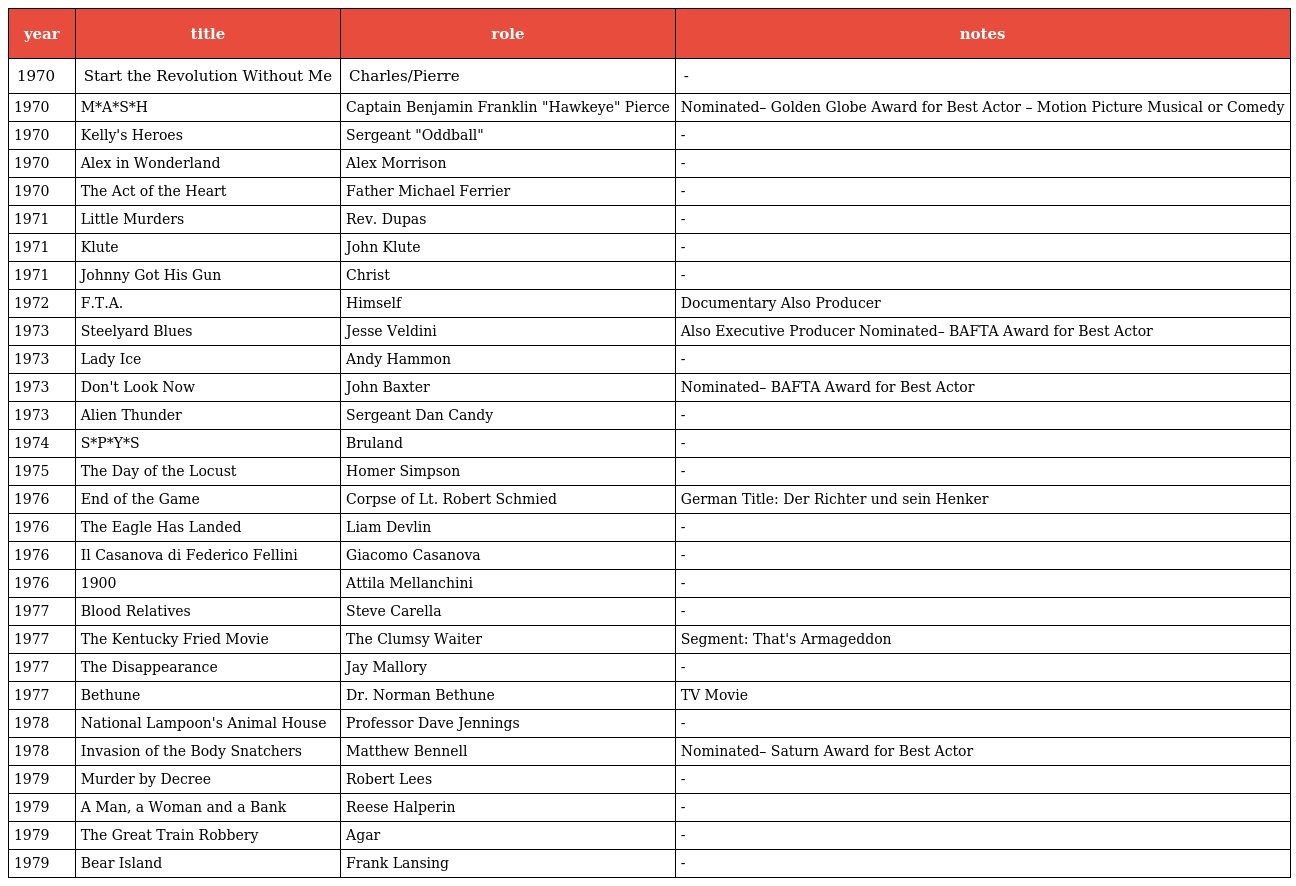
| year | title | role | notes |
 | --- | --- | --- | --- |
 | 1970 | Start the Revolution Without Me | Charles/Pierre | - |
 | 1970 | M*A*S*H | Captain Benjamin Franklin "Hawkeye" Pierce | Nominated– Golden Globe Award for Best Actor – Motion Picture Musical or Comedy |
 | 1970 | Kelly's Heroes | Sergeant "Oddball" | - |
 | 1970 | Alex in Wonderland | Alex Morrison | - |
 | 1970 | The Act of the Heart | Father Michael Ferrier | - |
 | 1971 | Little Murders | Rev. Dupas | - |
 | 1971 | Klute | John Klute | - |
 | 1971 | Johnny Got His Gun | Christ | - |
 | 1972 | F.T.A. | Himself | Documentary Also Producer |
 | 1973 | Steelyard Blues | Jesse Veldini | Also Executive Producer Nominated– BAFTA Award for Best Actor |
 | 1973 | Lady Ice | Andy Hammon | - |
 | 1973 | Don't Look Now | John Baxter | Nominated– BAFTA Award for Best Actor |
 | 1973 | Alien Thunder | Sergeant Dan Candy | - |
 | 1974 | S*P*Y*S | Bruland | - |
 | 1975 | The Day of the Locust | Homer Simpson | - |
 | 1976 | End of the Game | Corpse of Lt. Robert Schmied | German Title: Der Richter und sein Henker |
 | 1976 | The Eagle Has Landed | Liam Devlin | - |
 | 1976 | Il Casanova di Federico Fellini | Giacomo Casanova | - |
 | 1976 | 1900 | Attila Mellanchini | - |
 | 1977 | Blood Relatives | Steve Carella | - |
 | 1977 | The Kentucky Fried Movie | The Clumsy Waiter | Segment: That's Armageddon |
 | 1977 | The Disappearance | Jay Mallory | - |
 | 1977 | Bethune | Dr. Norman Bethune | TV Movie |
 | 1978 | National Lampoon's Animal House | Professor Dave Jennings | - |
 | 1978 | Invasion of the Body Snatchers | Matthew Bennell | Nominated– Saturn Award for Best Actor |
 | 1979 | Murder by Decree | Robert Lees | - |
 | 1979 | A Man, a Woman and a Bank | Reese Halperin | - |
 | 1979 | The Great Train Robbery | Agar | - |
 | 1979 | Bear Island | Frank Lansing | - |